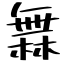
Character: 橆